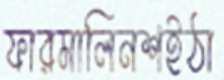
ফারমালিনশইঠা